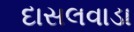
દાસલવાડા